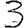
Digit: 3